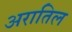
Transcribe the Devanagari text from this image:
अरातिल